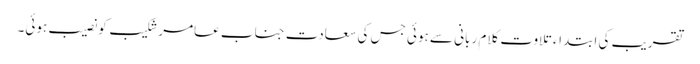
تقریب کی ابتداء تلاوتِ کلام ربانی سے ہوئی جس کی سعادت جناب عامر شکیب کو نصیب ہوئی۔